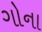
ગોના